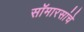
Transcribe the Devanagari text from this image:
सॉमारसांचे